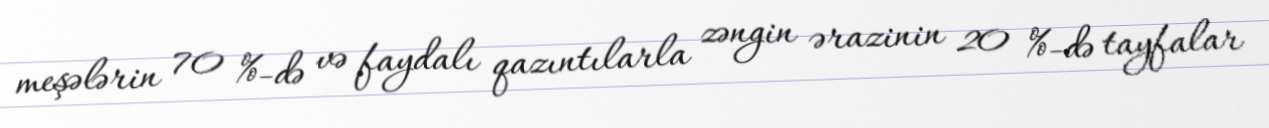
meşələrin 70 %-də və faydalı qazıntılarla zəngin ərazinin 20 %-də tayfalar